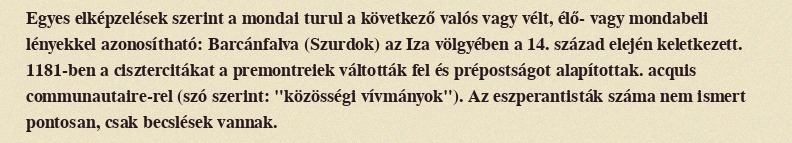
Egyes elképzelések szerint a mondai turul a következő valós vagy vélt, élő- vagy mondabeli lényekkel azonosítható: Barcánfalva (Szurdok) az Iza völgyében a 14. század elején keletkezett. 1181-ben a cisztercitákat a premontreiek váltották fel és prépostságot alapítottak. acquis communautaire-rel (szó szerint: "közösségi vívmányok"). Az eszperantisták száma nem ismert pontosan, csak becslések vannak.